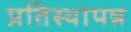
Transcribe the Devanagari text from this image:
प्रतिस्थापन्न